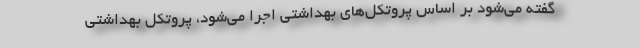
گفته می‌شود بر اساس پروتکل‌های بهداشتی اجرا می‌شود، پروتکل بهداشتی